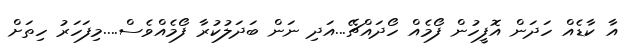
އާ ކާޑެއް ހަދަން އޮފީހުން ފޯމެއް ހޯދައްޗޭ...އަދި ނަން ބަދަލުކުރާ ފޯމެއްވެސް....މިފަހަރު ހިތަށް